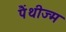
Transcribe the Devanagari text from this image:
पैंथीज्म